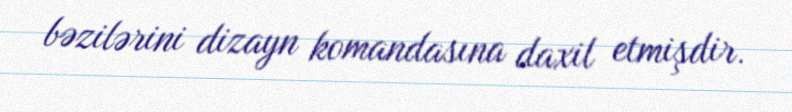
bəzilərini dizayn komandasına daxil etmişdir.